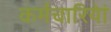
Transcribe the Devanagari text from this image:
कर्मचारियेां